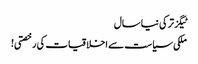
ٹیگزترکی نیا سال
ملکی سیاست سے اخلاقیات کی رخصتی!